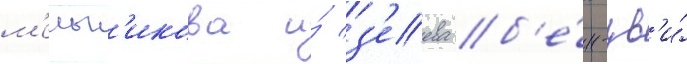
м'ельн'икова и́ з'еева б'е́н-цв'и́